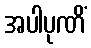
အပါပုဏိံ